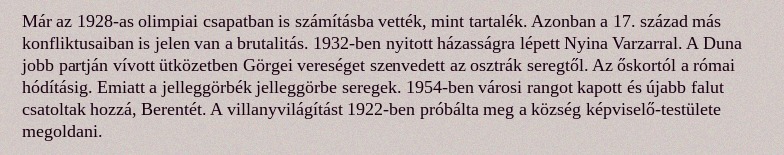
Már az 1928-as olimpiai csapatban is számításba vették, mint tartalék. Azonban a 17. század más konfliktusaiban is jelen van a brutalitás. 1932-ben nyitott házasságra lépett Nyina Varzarral. A Duna jobb partján vívott ütközetben Görgei vereséget szenvedett az osztrák seregtől. Az őskortól a római hódításig. Emiatt a jelleggörbék jelleggörbe seregek. 1954-ben városi rangot kapott és újabb falut csatoltak hozzá, Berentét. A villanyvilágítást 1922-ben próbálta meg a község képviselő-testülete megoldani.